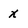
Character: x